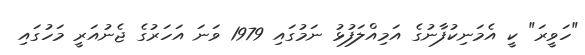
"ހަވީރަ" ކީ އެމަނިކުފާނުގެ އަމިއްލަފުޅު ނަމުގައި 1979 ވަނަ އަހަރުގެ ޖެނުއަރީ މަހުގައި